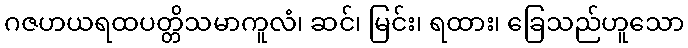
ဂဇဟယရထပတ္တိသမာကူလံ၊ ဆင်၊ မြင်း၊ ရထား၊ ခြေသည်ဟူသော